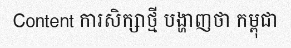
Content ការសិក្សាថ្មី បង្ហាញថា កម្ពុជា